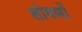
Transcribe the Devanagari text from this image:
शोषणों